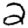
Digit: 2